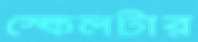
স্কেলটার